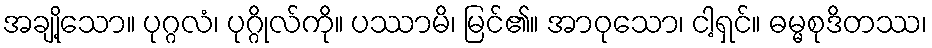
အချို့သော။ ပုဂ္ဂလံ၊ ပုဂ္ဂိုလ်ကို။ ပဿာမိ၊ မြင်၏။ အာဝုသော၊ ငါ့ရှင်။ ဓမ္မစုဒိတဿ၊